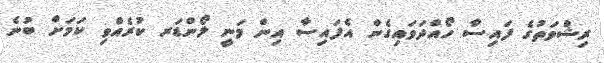
ރިޝްވަތުގެ ފައިސާ ހޯއްދަވައިގެން އެފައިސާ އިން މަނީ ލޯންޑަރ ކުރެއްވި ކަމަށް ބުނެ